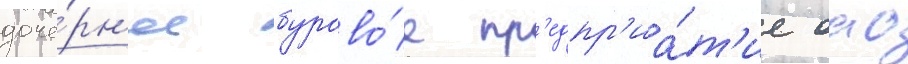
доче́рн'ее бурово́е пр'едпр'иа́т'ие оао